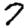
Digit: 7